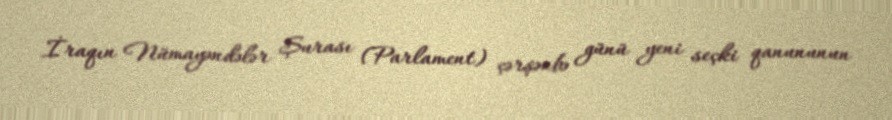
İraqın Nümayəndələr Şurası (Parlament) çərşənbə günü yeni seçki qanununun